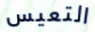
التعيس